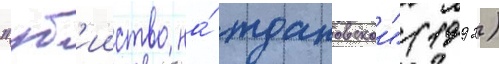
"уб'ииство на́ ждановскои" (1992)